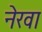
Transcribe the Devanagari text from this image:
नेरवा